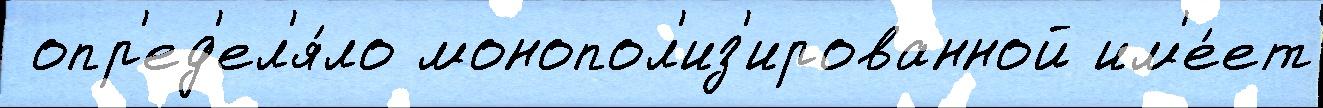
 опр'ед'ел'я́ло монопол'из'ированной им'е́ет